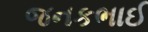
જનકભાઈ